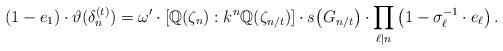
LaTeX: \begin{align*} (1-e_1) \cdot \vartheta (\delta_n^{(t)}) = \omega' \cdot [\mathbb{Q}(\zeta_n): k^n \mathbb{Q}(\zeta_{n/t})] \cdot s\big( G_{n/t} \big) \cdot \prod_{\ell \mid n} \left( 1-\sigma_{\ell}^{-1} \cdot e_{\ell} \right). \end{align*}